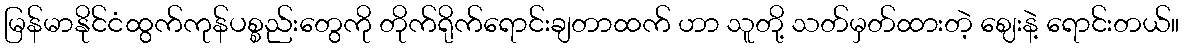
မြန်မာနိုင်ငံထွက်ကုန်ပစ္စည်းတွေကို တိုက်ရိုက်ရောင်းချတာထက် ဟာ သူတို့ သတ်မှတ်ထားတဲ့ ဈေးနဲ့ ရောင်းတယ်။